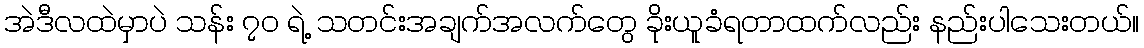
အဲဒီလထဲမှာပဲ သန်း ၇၀ ရဲ့ သတင်းအချက်အလက်တွေ ခိုးယူခံရတာထက်လည်း နည်းပါသေးတယ်။